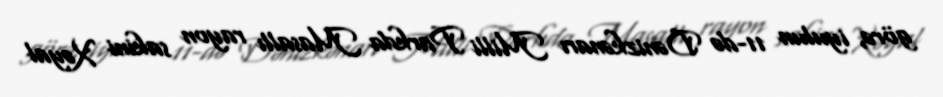
görə, iyulun 11-də Dənizkənarı Milli Parkda Masallı rayon sakini Xəyal